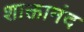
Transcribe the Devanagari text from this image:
शाक्तानंद